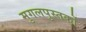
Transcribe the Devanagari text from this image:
मुगलपुस्तकों